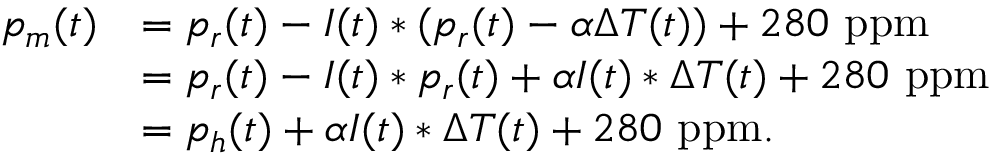
\begin{array} { r l } { p _ { m } ( t ) } & { = p _ { r } ( t ) - I ( t ) \ast ( p _ { r } ( t ) - \alpha \Delta T ( t ) ) + 2 8 0 ~ \mathrm { p p m } } \\ & { = p _ { r } ( t ) - I ( t ) \ast p _ { r } ( t ) + \alpha I ( t ) \ast \Delta T ( t ) + 2 8 0 ~ \mathrm { p p m } } \\ & { = p _ { h } ( t ) + \alpha I ( t ) \ast \Delta T ( t ) + 2 8 0 ~ \mathrm { p p m } . } \end{array}